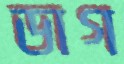
ডাগ